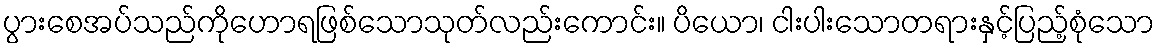
ပွားစေအပ်သည်ကိုဟောရဖြစ်သောသုတ်လည်းကောင်း။ ပိယော၊ ငါးပါးသောတရားနှင့်ပြည့်စုံသော